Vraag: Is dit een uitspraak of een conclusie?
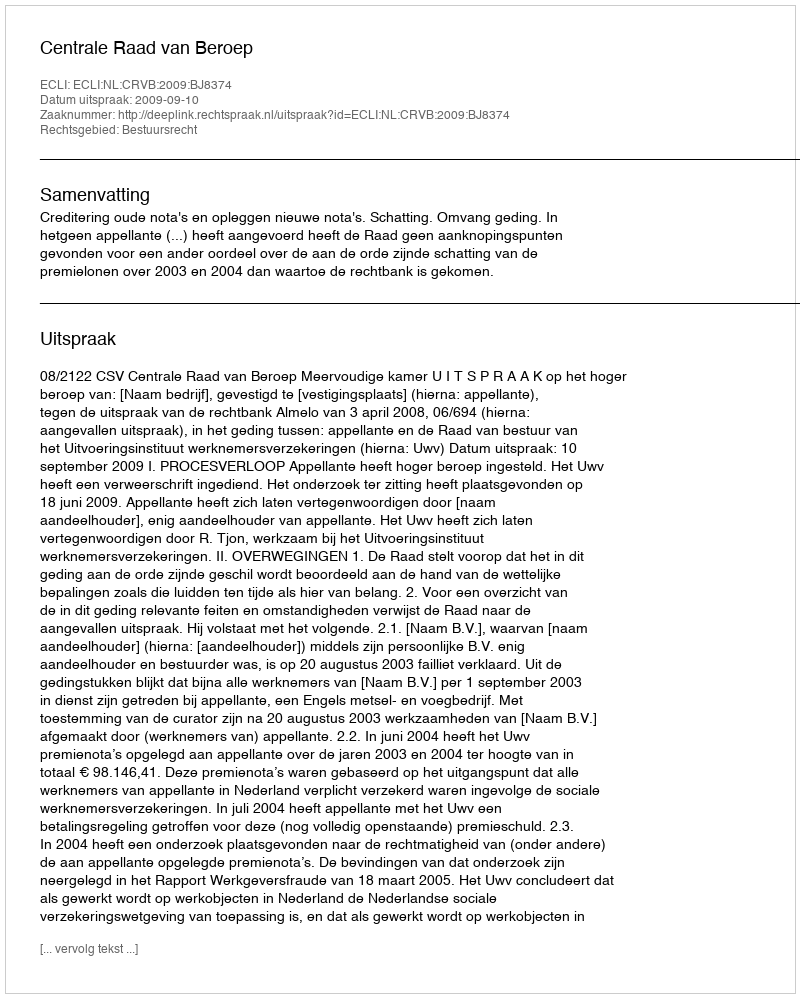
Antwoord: Uitspraak